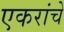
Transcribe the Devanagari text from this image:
एकरांचे